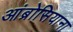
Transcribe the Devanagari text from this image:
आंब्रोसियाना